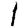
Digit: 1